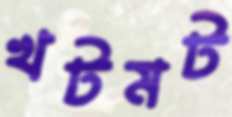
খটমট